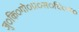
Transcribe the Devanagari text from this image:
जु०कि०गो०प्र०स०वि०म०